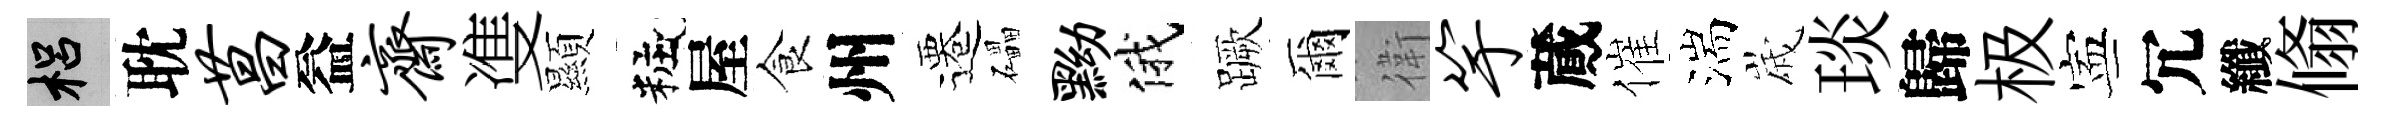
梠耽菖益斋㕠顯粧屋食州遷礧黝俄蹶爾衛竽蕆催湍𡻕琰歸极寕冗纖翛